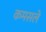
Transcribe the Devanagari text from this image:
कमसले